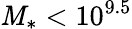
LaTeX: \mathit{M}_{\ast}<10^{9.5}